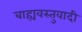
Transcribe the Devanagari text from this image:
बाह्यवस्तुवादी